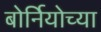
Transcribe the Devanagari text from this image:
बोर्नियोच्या